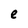
Character: e